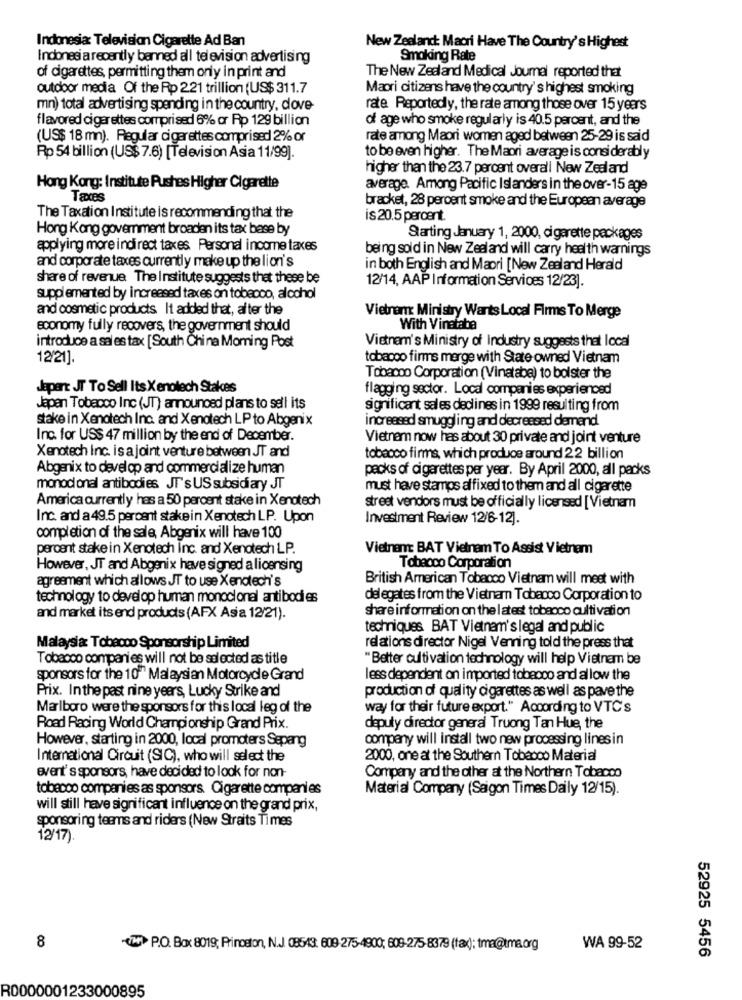
Indonesia: Television Cigarette Ad Ban
New Zealand: Maori Have The Country's Highest
Indonesi a recently banned all television advertising
Smoking Rate
of cigarettes, permitting them only in print and
The New Zealand Medical Journal reported that
outdoor media Of the Rp 221 trillion (US$ 311.7
Maori citizens have the country's highest smoking
mn) total advertising spending in the country, dove
rate Reportedly, the rate among those over 15 years
flavored cigar ettes comprised 6% or Ap 129 billion
of age who smoke regularly is 40.5 percent, and the
(US$ 18 mn). Regular cigarettes comprised 2% or
rate among Maori women aged between 25-29 is said
Rp 54 billion (US$ 7.6) [Television Asia 11/99].
to be even higher. The Maori average is considerably
higher than the 23.7 percent overall New Zealand
Hong Kong: Institute Pushes Higher Cigarette
average. Among Pacific Islanders in the over-15 age
Taxes
bracket, 28 percent smoke and the European average
The Taxation Institute is recommending that the
is 20.5 percent.
Hong Kong government broaden its tax base by
Starting January 1, 2000, cigarette packages
applying more indirect taxes Personal income taxes
being sold in New Zealand will carry health warnings
and corporate taxes currently make up the lion's
in both English and Maori [New Zealand Herald
share of revenue The Institute suggests that these be
12/14, AAP Information Services 12/23].
supplemented by increased taxes on tobacco, alcohol
and cosmetic products It added that, alter the
Vietren Ministry Wants Local Firms To Merge
economy fully recovers, the government should
With Vinataba
introduce a sales tax [South China Morning Post
Vietnam's Ministry of Industry suggests that local
12/21]
tobacco firms merge with State- owned Vietnam
Tobacco Corporation (Vinatabe) to bolster the
depert JT To Sell Its Xenolech Stakes
flagging sector. Local companies experienced
Japan Tobacco Inc (JT) announced plans to sell its
significant sales declines in 1999 resulting from
stake in Xenotech Inc. and Xenotech LP to Abgenix
increased smuggling and decreased demand
Inc. for US$ 47 million by the end of December.
Vietnam now has about 30 private and joint venture
Xenotech Inc. is a joint venture between JT and
tobacco firms, which produce around 22 billion
Abgenix to develop and commercialize human
packs of cigarettes per year. By April 2000, all packs
monodonal antibodies JT's US subsidi ary JT
must have stamps alfixed to them and all cigarette
America currently has a 50 percent stake in Xenotech
street vendors must be officially licensed [Vietnam
Inc. and a 49.5 percent stakein Xenotech LP. Upon
Investment Review 12/6-12).
completion of the sale, Abgenix will have 100
percent stake in Xenotech inc. and Xenotech LP.
Vietnam BAT Vietnam To Assist Vietnam
However, JT and Abgenix have signed a licensing
Tobacco Corporation
agreement which allows JT to use Xenotech's
British American Tobacco Vietnam will meet with
technology to develop human monoclonal antibodies
delegates from the Vietnam Tobacco Corporation to
share information on the latest tobacco cultivation
and market its end products (AFX Asia 12/21).
techniques BAT Vietnam's legal and public
Malaysia Tobacco Sponsorship Limited
relations director Nigel Venning told the press that
Tobacco companies will not be selected as title
"Better cultivation technology will help Vietnam be
sponsors for the 10" Malaysian Motorcycle Grand
less dependent on imported tobacco and allow the
Prix. Inthe past nine years, Lucky Strike and
production of quality cigarettes as well as pave the
Marlboro were the sponsors for this local leg of the
way for their future export." According to VTC's
Road Racing World Championship Grand Prix.
deputy director general Truong Tan Hue, the
However, starting in 2000, local promoters Sepang
company will install two new processing lines in
International Circuit (SIC), who will select the
2000, one at the Southern Tobacco Material
event's sponsors, have decided to look for non-
Company and the other at the Northern Tobacco
tobecco companies as sponsors. Cigarette companies
Material Company (Saigon Times Daily 12/15).
will still have significant influence on the grand prix,
sponsoring teams and riders (New Straits Times
12/17).
8
-VM> P.O. Box 8019; Princeton, N.J. 08543. 609-275-4900; 609-275-8379 (fax); tra@tma.org
WA 99-52
52925 5456
R0000001233000895